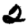
Digit: 2